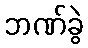
ဘဏ်ခွဲ